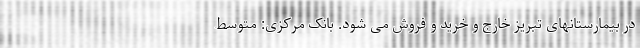
در بیمارستانهای تبریز خارج و خرید و فروش می شود. بانک مرکزی: متوسط